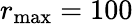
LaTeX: r_{\mathrm{max}}=100